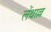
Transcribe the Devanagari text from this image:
लेंथाल्ल